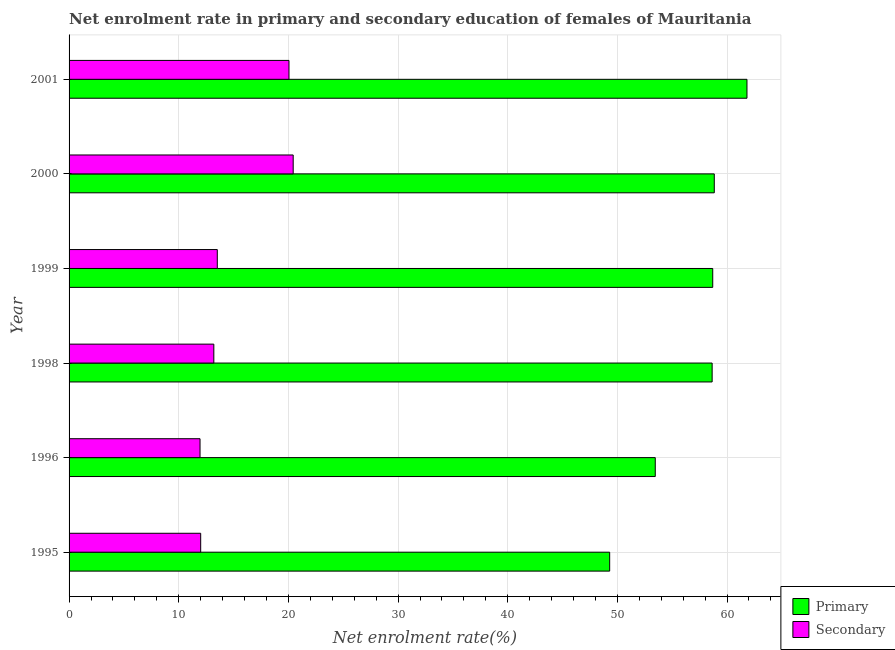
| Year | Primary | Secondary |
 | --- | --- | --- |
 | 1995 | 49.3 | 12 |
 | 1996 | 53.5 | 11.9 |
 | 1998 | 58.6 | 13.2 |
 | 1999 | 58.7 | 13.5 |
 | 2000 | 58.8 | 20.4 |
 | 2001 | 61.8 | 20.1 |